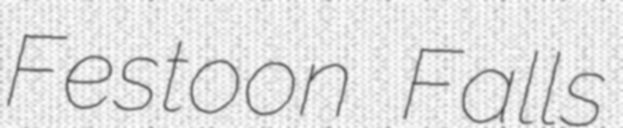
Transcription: Festoon Falls